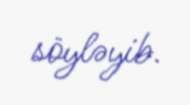
söyləyib.